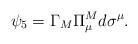
LaTeX: \begin{align*}\psi_5 = \Gamma_M \Pi^M_{\mu} d\sigma^{\mu}.\end{align*}